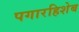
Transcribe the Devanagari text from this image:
पगारहिशेब